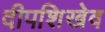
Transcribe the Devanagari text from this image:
दीपशिखेव